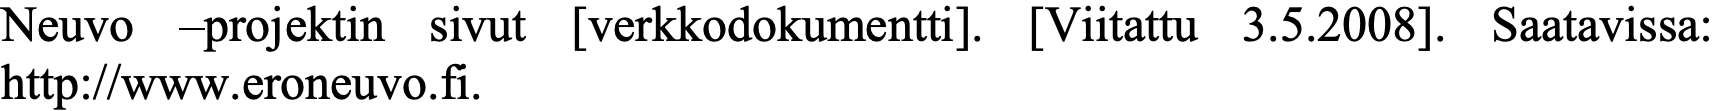
Neuvo –projektin sivut [verkkodokumentti]. [Viitattu 3.5.2008]. Saatavissa: http://www.eroneuvo.fi.